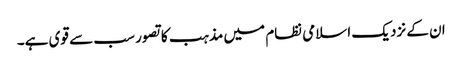
ان کے نزدیک اسلامی نظام میں مذہب کا تصور سب سے قوی ہے۔